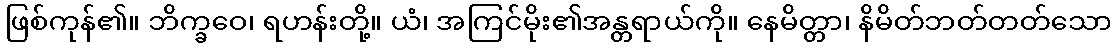
ဖြစ်ကုန်၏။ ဘိက္ခဝေ၊ ရဟန်းတို့။ ယံ၊ အကြင်မိုး၏အန္တရာယ်ကို။ နေမိတ္တာ၊ နိမိတ်ဘတ်တတ်သော